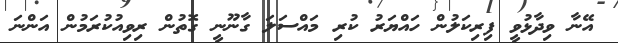
އޭނާ ވިދާޅުވީ ފިރިކަލުން ހައްޔަރު ކުރި މައްސަލަ ގާނޫނީ ގޮތުން ރިވިއުކުރަމުން އަންނަ